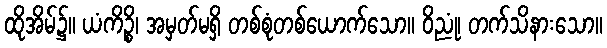
ထိုအိမ်၌။ ယံကိဉ္စိ၊ အမှတ်မရှိ တစ်စုံတစ်ယောက်သော။ ဝိညုံ၊ တက်သိနားသော။